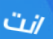
انت